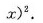
x ) ^ { 2 }$$.